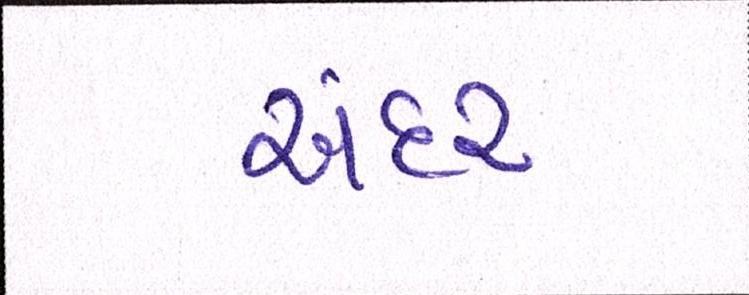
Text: અંદર